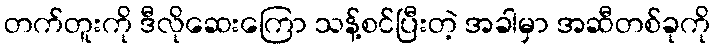
တက်တူးကို ဒီလိုဆေးကြော သန့်စင်ပြီးတဲ့ အခါမှာ အဆီတစ်ခုကို